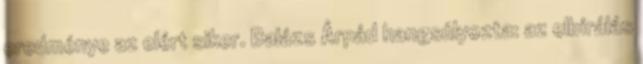
eredménye az elért siker. Balázs Árpád hangsúlyozta: az elbírálás